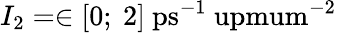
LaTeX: I_{2}=\in[0;~2]~\mathrm{ps^{-1}\ upmum^{-2}}